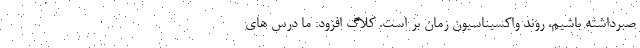
صبرداشته باشیم، روند واکسیناسیون زمان بر است. کلاگ افزود: ما درس های